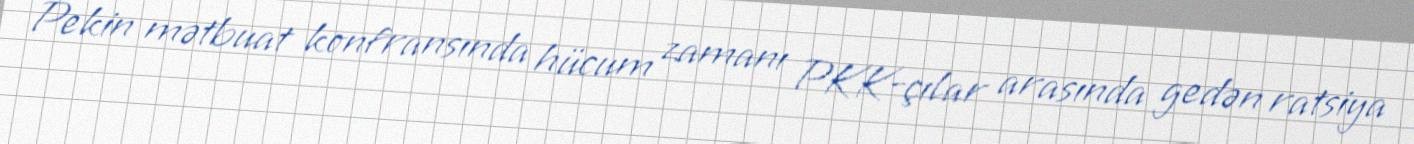
Pekin mətbuat konfransında hücum zamanı PKK-çılar arasında gedən ratsiya